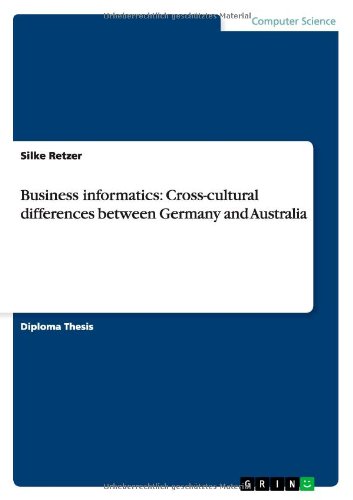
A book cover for Business informatics: Cross-cultural differences between Germany and Australia; Silke Retzer; Computers & Technology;